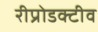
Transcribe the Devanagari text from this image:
रीप्रोडक्टीव